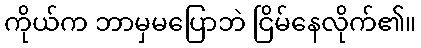
ကိုယ်က ဘာမှမပြောဘဲ ငြိမ်နေလိုက်၏။